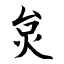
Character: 炱